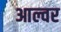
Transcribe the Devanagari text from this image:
आल्वर